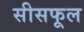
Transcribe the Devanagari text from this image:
सीसफूल